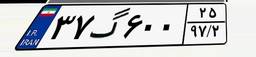
۳۷گ۶۰۰۲۵